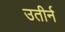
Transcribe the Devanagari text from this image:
उतीर्न